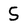
Character: S